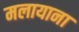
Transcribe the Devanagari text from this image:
मलायाना